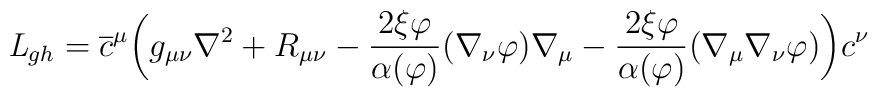
{\it L}_{gh} = \overline c^\mu \biggl(g_{\mu \nu } \nabla^2 + R_{\mu \nu } - \frac{2 \xi\varphi}{\alpha(\varphi)} (\nabla_\nu\varphi) \nabla_\mu - \frac{2 \xi\varphi}{\alpha(\varphi)}(\nabla_\mu \nabla_\nu \varphi) \biggr) c^\nu